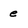
Character: e